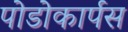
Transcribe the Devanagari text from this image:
पोडोकार्पस